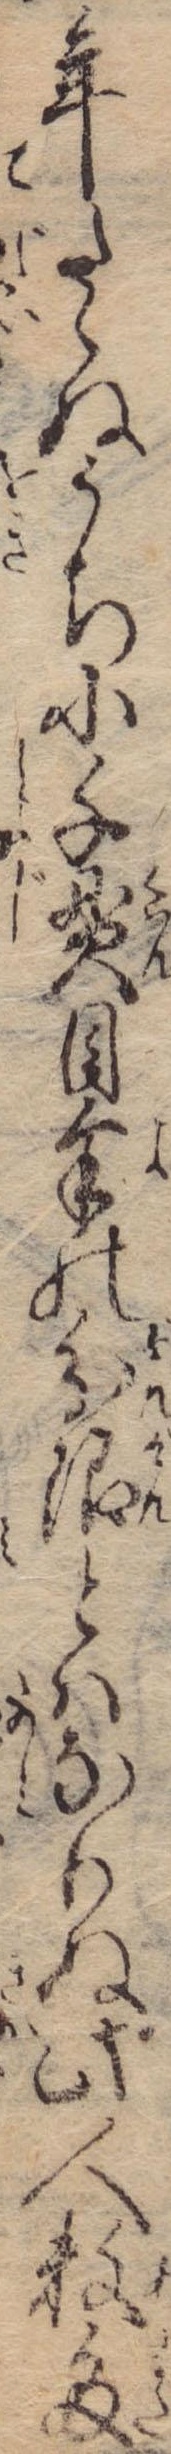
年たゝぬうちに千貫目余の分限とはなりぬ此人数多